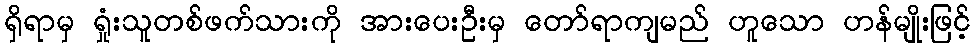
ရှိရာမှ ရှုံးသူတစ်ဖက်သားကို အားပေးဦးမှ တော်ရာကျမည် ဟူသော ဟန်မျိုးဖြင့်